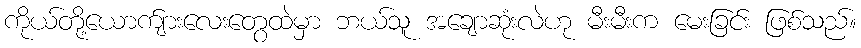
ကိုယ်တို့ယောက်ျားလေးတွေထဲမှာ ဘယ်သူ အချောဆုံးလဲဟု မီးမီးက မေးခြင်း ဖြစ်သည်။